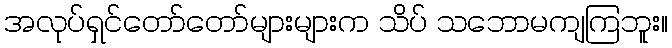
အလုပ်ရှင်တော်တော်များများက သိပ် သဘောမကျကြဘူး။